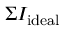
\Sigma I _ { \mathrm { i d e a l } }